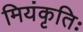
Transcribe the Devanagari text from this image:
मियंकृतिः